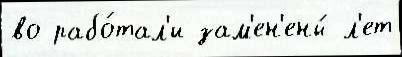
во рабо́тал'и зам'ен'ены́ л'ет